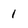
Character: 1